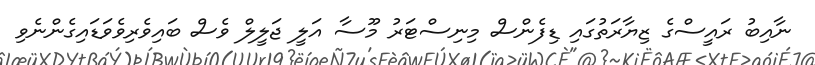
ނާއިބު ރައީސްގެ ޒިޔާރަތުގައި ޑިފެންސް މިނިސްޓަރު މޫސާ އަލީ ޖަލީލް ވެސް ބައިވެރިވެވަޑައިގެންނެވި